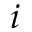
i